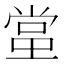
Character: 𬻬